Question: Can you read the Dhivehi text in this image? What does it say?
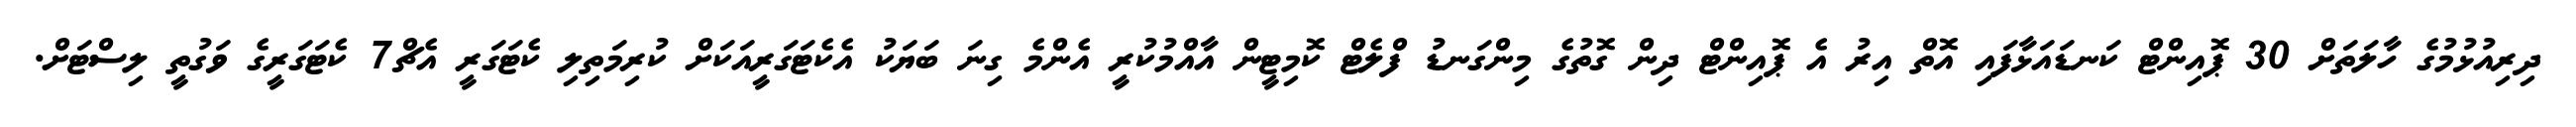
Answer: ދިރިއުޅުމުގެ ހާލަތަށް 30 ޕޮއިންޓް ކަނޑައަޅާފައި އޮތް އިރު އެ ޕޮއިންޓް ދިން ގޮތުގެ މިންގަނޑު ފްލެޓް ކޮމިޓީން އާއްމުކުރީ އެންމެ ގިނަ ބަޔަކު އެކެޓަގަރީއަކަށް ކުރިމަތިލި ކެޓަގަރީ އެޗް7 ކެޓަގަރީގެ ވަގުތީ ލިސްޓަށް.